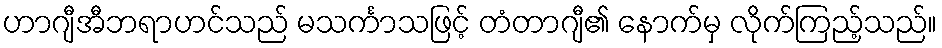
ဟာဂျီအီဘရာဟင်သည် မသင်္ကာသဖြင့် တံတာဂျီ၏ နောက်မှ လိုက်ကြည့်သည်။